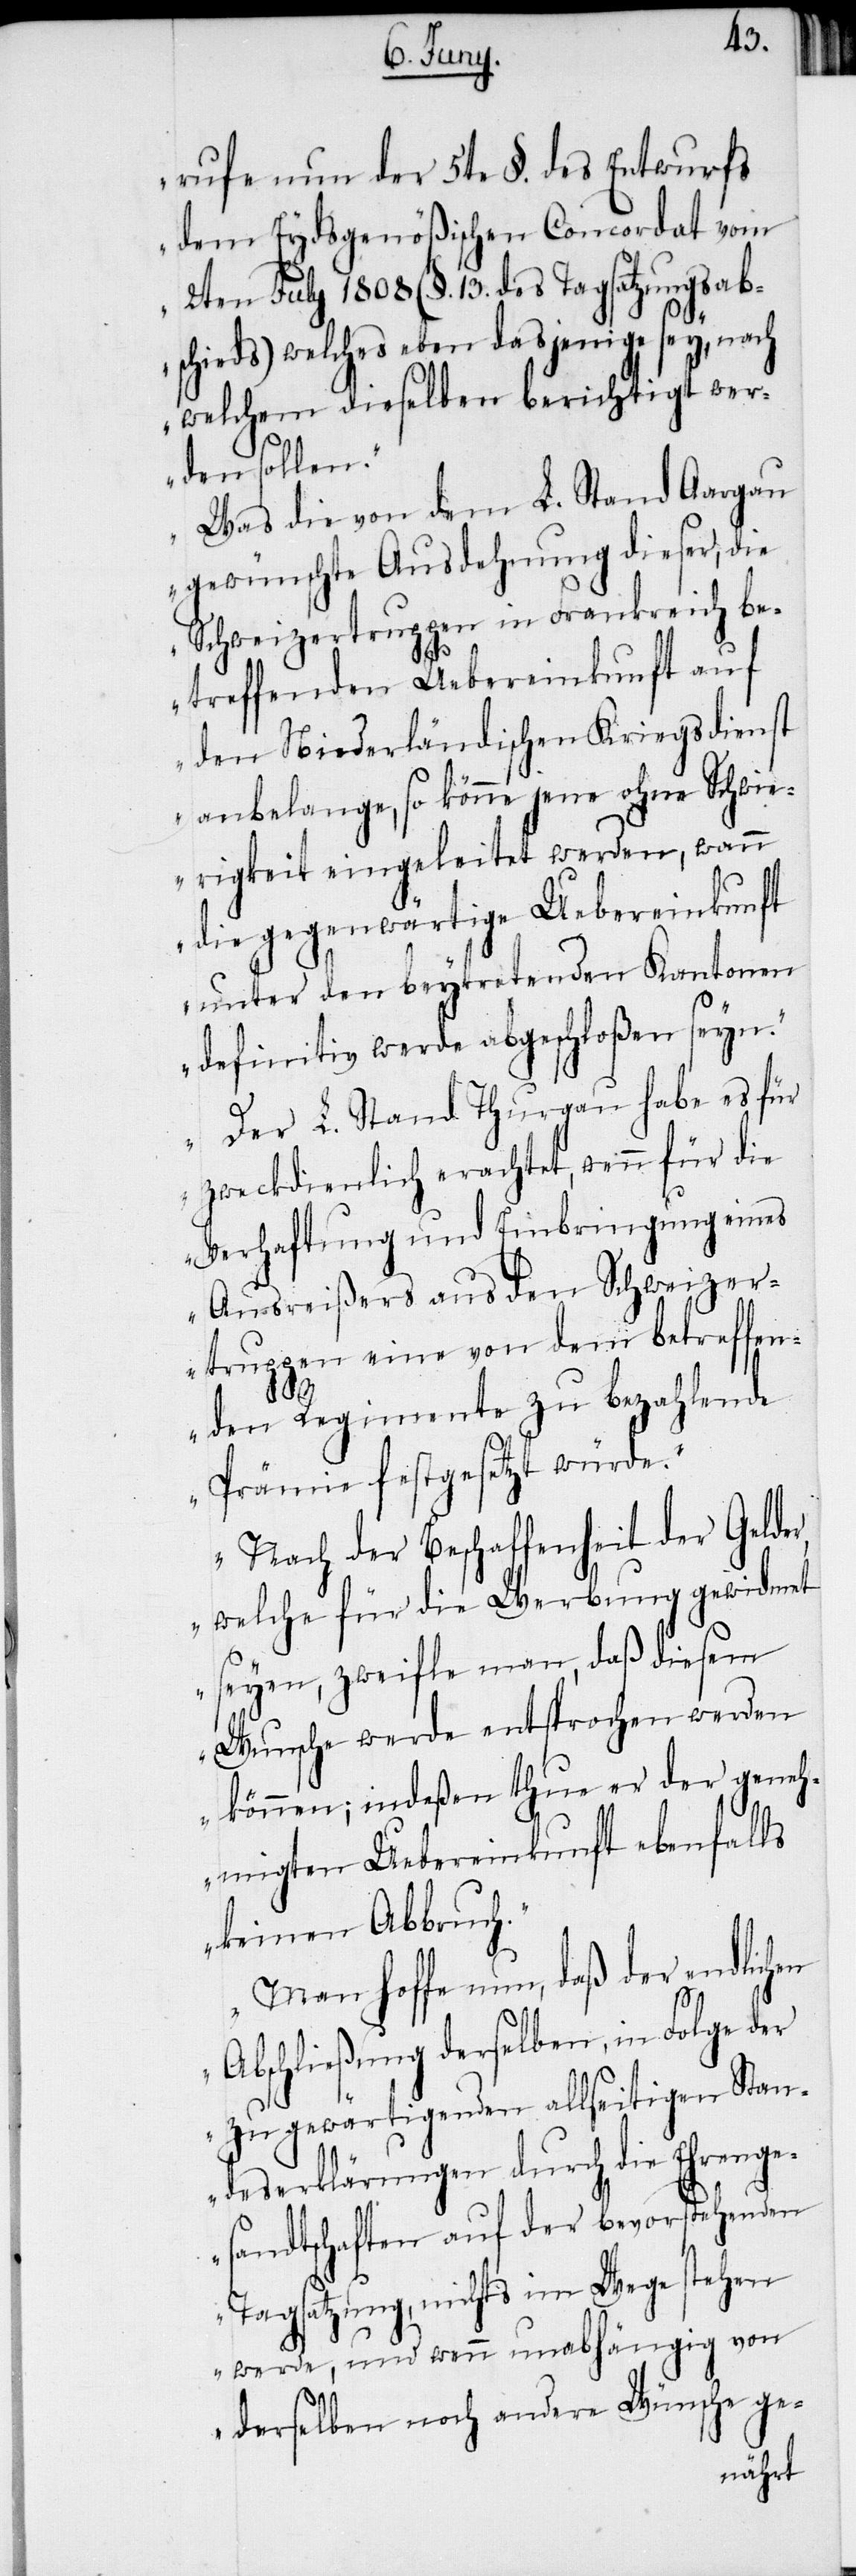
rufe nun der 5te §. des Entwurfs
dem Eydsgenößischen Concordat vom
2ten July 1808 (§. 13. des Tagsatzungsab¬
schieds) welches eben dasjenige sey, nach
welchem dieselben berichtigt wer¬
den sollen.“
„Was die von dem L. Stand Aargau
gewünschte Ausdehnung dieser, die
Schweizertruppen in Frankreich be¬
treffenden Uebereinkunft auf
den Niederländischen Kriegsdienst
anbelange, so könne jene ohne Schwi¬
erigkeit eingeleitet werden, wann
die gegenwärtige Uebereinkunft
unter den beytretenden Kantonen
definitv werde abgeschloßen seyn.“
„Der L. Stand Thurgau habe es für
zweckdienlich erachtet, wenn für die
Verhaftung und Einbringung eines
Ausreißers aus den Schweizer¬
truppen eine von dem betreffen¬
den Regimente zu bezahlende
Prämie festgesetzt würde.“
„Nach der Beschaffenheit der Gelde¬
welche für die Werbung gewidmet
seyen, zweifle man, daß diesem
Wunsche werde entsprochen werden
können; indeßen thue er der geneh¬
migten Uebereinkunft ebenfalls
keinen Abbruch.“
„Man hoffe nun, daß der endlichen
Abschließung derselben, in Folge der
zu gewärtigenden allseitigen Stan¬
deserklärungen durch die Ehrenge¬
sandtschaften auf der bevorstehenden
Tagsatzung, nichts im Wege stehen
werde, und wenn unabhängig von
r,
derselben noch andere Wünsche ge-